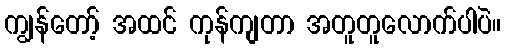
ကျွန်တော့် အထင် ကုန်ကျတာ အတူတူလောက်ပါပဲ။